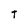
Character: T